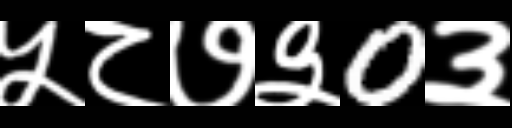
Text: ५८७३0३